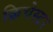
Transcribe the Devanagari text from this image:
क्रिचेस्टर